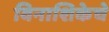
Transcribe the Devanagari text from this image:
विनाशिकेचे